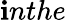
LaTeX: \mathbf{i}nthe